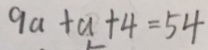
9 a + a + 4 = 5 4